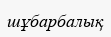
шұбарбалық